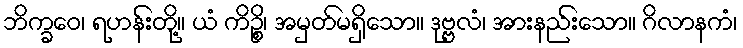
ဘိက္ခဝေ၊ ရဟန်းတို့။ ယံ ကိဉ္စိ၊ အမှတ်မရှိသော။ ဒုဗ္ဗလံ၊ အားနည်းသော။ ဂိလာနကံ၊